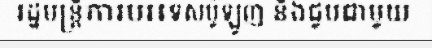
រដ្ឋមន្ត្រីការបរទេសប៉ូឡូញ និងជួបជាមួយ